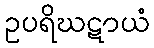
ဥပရိဃဋာယံ